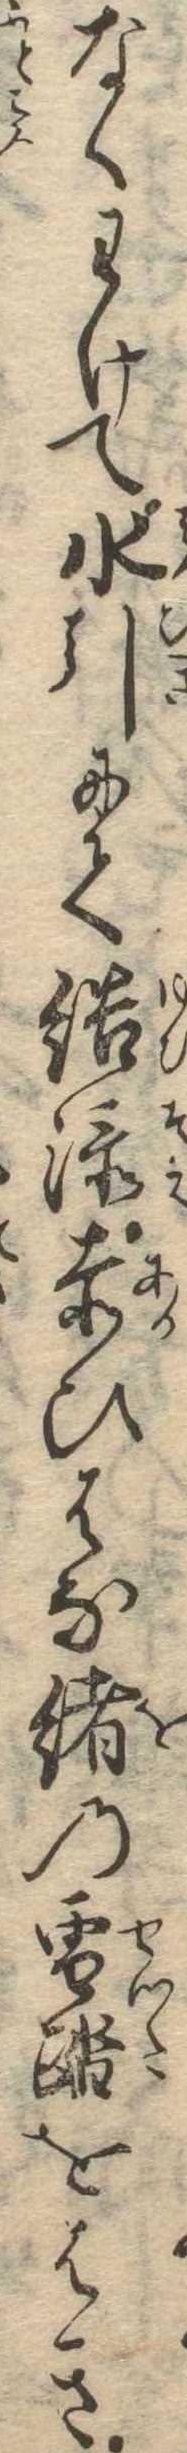
なくわけて水引にて結添赤ひはな緒の雪踏をはき